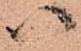
ハ